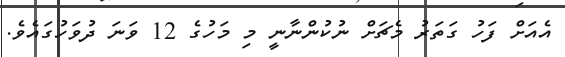
އެއަށް ފަހު ގަތަރު މެޗަށް ނުކުންނާނީ މި މަހުގެ 12 ވަނަ ދުވަހުގައެވެ.